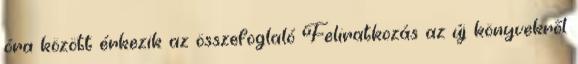
óra között érkezik az összefoglaló Feliratkozás az új könyvekről